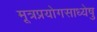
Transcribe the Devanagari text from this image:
मूत्रप्रयोगसाध्येषु